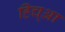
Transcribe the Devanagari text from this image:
हिच्आ